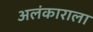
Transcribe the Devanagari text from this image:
अलंकाराला